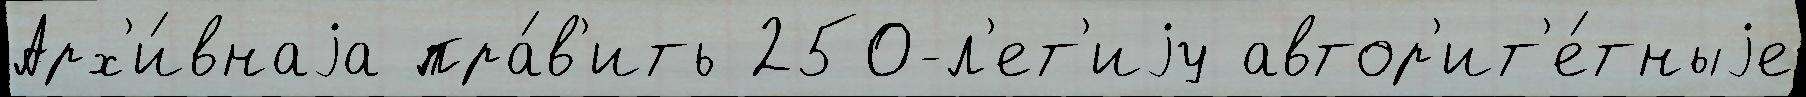
Арх'и́внаjа пра́в'ить 250-л'ет'иjу автор'ит'е́тныjе